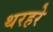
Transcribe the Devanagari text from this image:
थरहरे